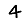
Digit: 4